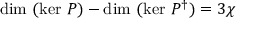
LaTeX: \mathrm { d i m ~ } ( \mathrm { k e r ~ } P ) - \mathrm { d i m ~ } ( \mathrm { k e r ~ } P ^ { \dag } ) = 3 \chi